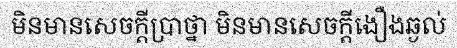
មិនមានសេចក្តីប្រាថ្នា មិនមានសេចក្តីងឿងឆ្ងល់